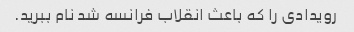
رویدادی را که باعث انقلاب فرانسه شد نام ببرید.